Memorandum on the prevention of leprosy by segregation of the affected
Disease focus: Leprosy
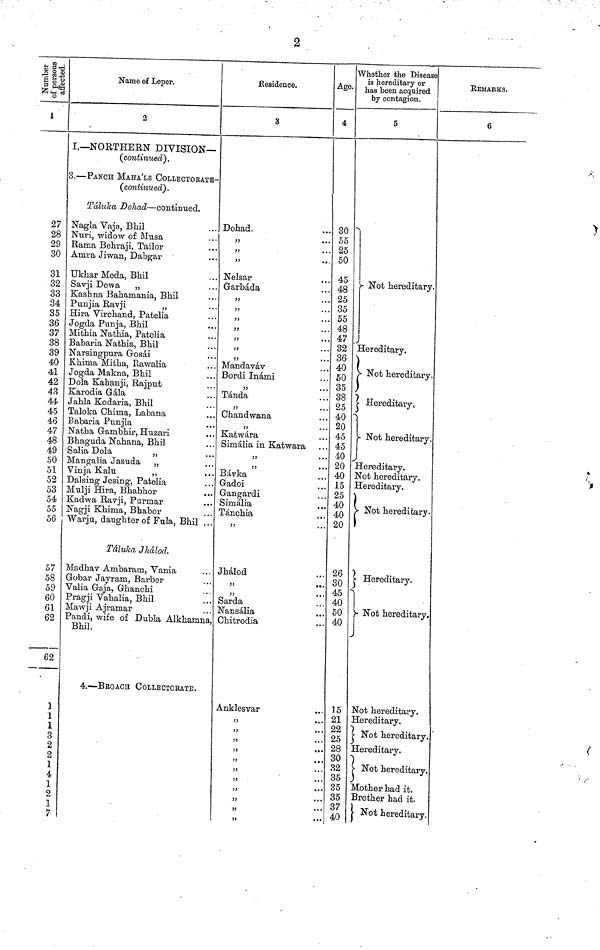
2
affected.
1
27
28
29
30
31
32
33
34
35
36
37
38
39
40
41
42
43
44
45
46
47
48
49
50
51
52
53
54
55
56
57
58
59
60
61
62
62
1
1
3
2
2
1
4
1
2
1
7
Name of Leper.
2
I,— NORTHERN- DIVISION—
(continued).
3. — PANCH MAHA'LS COLLECTORATE-
(continued).
Táluka Dohad — continued.
Nagla Vaja, Bhil
Nuri, widow of Musa
Rama Behraji, Tailor
Amra Jiwan, Dabgar
Ukhar Meda, Bhil
Savji Dew a
"
Kashna Bahamania, Bhil
Punjia Ravji
„
Hira Virchand, Patelia
Jogda Punja, Bhil
Mithia Nathia, Patelia
Babaria Nathia, Bhil
Narsingpura Gosai
Khinia Mitha, Eawalia
Jogda Makna, Bhil
Dola Kahanji Rajput
Karodia Gala
Jahla Kodaria, Bhil
Taloka Chima, Labana
Babaria Punjia
Natha Gambhir, Huzari
Bhaguda Nahana, Bhil
Salia Dola
„
Mangalia Jasuda "
Vinja Kalu
"
Dalsing Jesing, Patelia
Mulji Hira, Bhabhor
Kadwa Ravji, Parmar
Nagji Khima, Bhabor
Warju, daughter of Fula, Bhil ...
Táluca Jhálod.
Madhav Ambaram, Vania
Gobar Jayram, Barber
Valia Gaja, Ghanchi
Pragji Vahalia, Bhil
Mawji Ajramar
Pandi, wife of Dubla Alkhamna
Bhil.
4. — BROACH COLLBCTOBATE.
Residence.
3
Dohad.
"
"
"
Nelsar
Garbada
"
"
"
"
"
"
"
Mandaváv
Bordi Inámi
"
Tánda
"
Chandwana
"
Katwára
Simália in Katwara
"
"
Bávka
Gadoi
Gangardi
Simállia
Tánchia
"
Jhálod
"
"
Sarda
Nans alia
Chitrodia
Ankles var
"
"
"
"
"
"
••
"
"
"
"
•»
Age.
4
30
55
25
50
45
48
25
35
55
48
47
32
36
40
50
35
38
25
40
20
45
45
40
20
40
15
25
40
40
20
26
30
45
40
50
40
15
21
22
25
28
30
32
35
35
35
37
40
iVhether the Disease
is hereditary or
has been acquired.
by contagion.
5
Not hereditary.
Hereditary.
Not hereditary.
)
Hereditaiy.
1
Not hereditary.
Hereditary.
Not hereditary.
Hereditary.
Not hereditary.
I
Hereditary.
Not hereditary
Not hereditary.
Hereditary.
Not hereditary
Hereditary.
7
Not hereditary
)
Mother had it.
Brother had it.
Not hereditary
REMARKS.
6